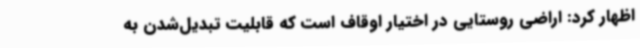
اظهار کرد: اراضی روستایی در اختیار اوقاف است که قابلیت تبدیل‌شدن به